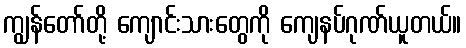
ကျွန်တော်တို့ ကျောင်းသားတွေကို ကျေနပ်ဂုဏ်ယူတယ်။